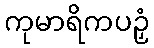
ကုမာရိကပဉှံ